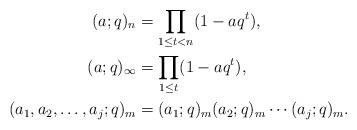
LaTeX: \begin{align*}(a;q)_n &= \prod_{1\leq t < n} (1-aq^t),\\(a;q)_\infty &= \prod_{1\leq t } (1-aq^t),\\(a_1,a_2,\dots,a_j;q)_m&=(a_1;q)_m(a_2;q)_m\cdots(a_j;q)_m.\end{align*}